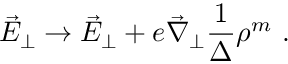
\vec { E } _ { \perp } \rightarrow \vec { E } _ { \perp } + e \vec { \nabla } _ { \perp } \frac { 1 } { \Delta } \rho ^ { m } \ .